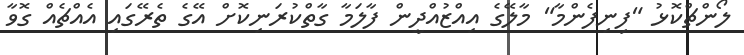
ލޯންޗްކޮޅު "ފިނިފެންމާ" މާލޭގެ އިއްޒުއްދީން ފާލަމާ ގާތްކުރަނިކޮށް އޭގެ ތެރޭގައި އެއްޗެއް ގޮވާ